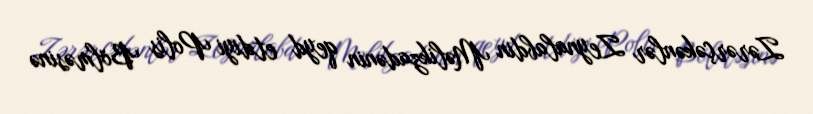
Zərərçəkənlər Zeynalabdin Məlikzadənin qeyd etdiyi Polis Bölməsinə